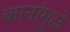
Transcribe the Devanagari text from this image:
कानांमुळे